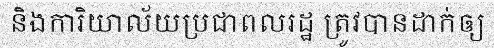
និងការិយាល័យប្រជាពលរដ្ឋ ត្រូវបានដាក់ឲ្យ